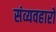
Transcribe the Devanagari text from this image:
संव्यवहारों